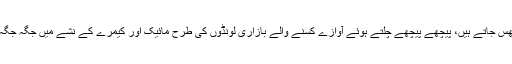
رپورٹرز جہاں چاہیں گھس جاتے ہیں، پیچھے پیچھے چلتے ہوئے آوازے کسنے والے بازاری لونڈوں کی طرح مائیک اور کیمرے کے نشے میں جگہ جگہ گھومتے نظر آتے ہیں۔